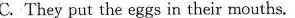
C. They put the eggs in their mouths.